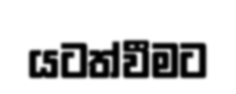
යටත්වීමට